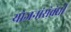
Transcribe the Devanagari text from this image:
योजनांसंबंधी